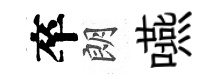
卒朗嚥